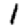
Digit: 1